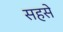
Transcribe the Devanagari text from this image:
सहसे